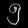
Digit: ၅